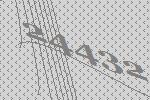
24432